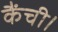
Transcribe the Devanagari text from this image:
कैंची।